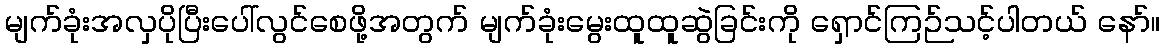
မျက်ခုံးအလှပိုပြီးပေါ်လွင်စေဖို့အတွက် မျက်ခုံးမွေးထူထူဆွဲခြင်းကို ရှောင်ကြဉ်သင့်ပါတယ် နော်။